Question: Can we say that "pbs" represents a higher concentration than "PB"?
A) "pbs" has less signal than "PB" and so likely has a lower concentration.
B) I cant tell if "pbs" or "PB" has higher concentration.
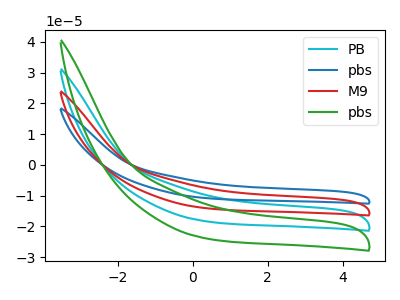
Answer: <think>The cyan curve "PB" has no peaks. The blue curve "pbs" has no peaks. The red curve "M9" has no peaks. The green curve "pbs" has no peaks.
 Neither "pbs" or "PB" have any peaks.</think>
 <answer>B) I cant tell if "pbs" or "PB" has higher concentration.</answer>
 <eval>B</eval>